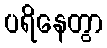
ပရိနေတွာ